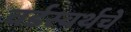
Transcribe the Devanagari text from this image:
वर्डस्वर्थचें